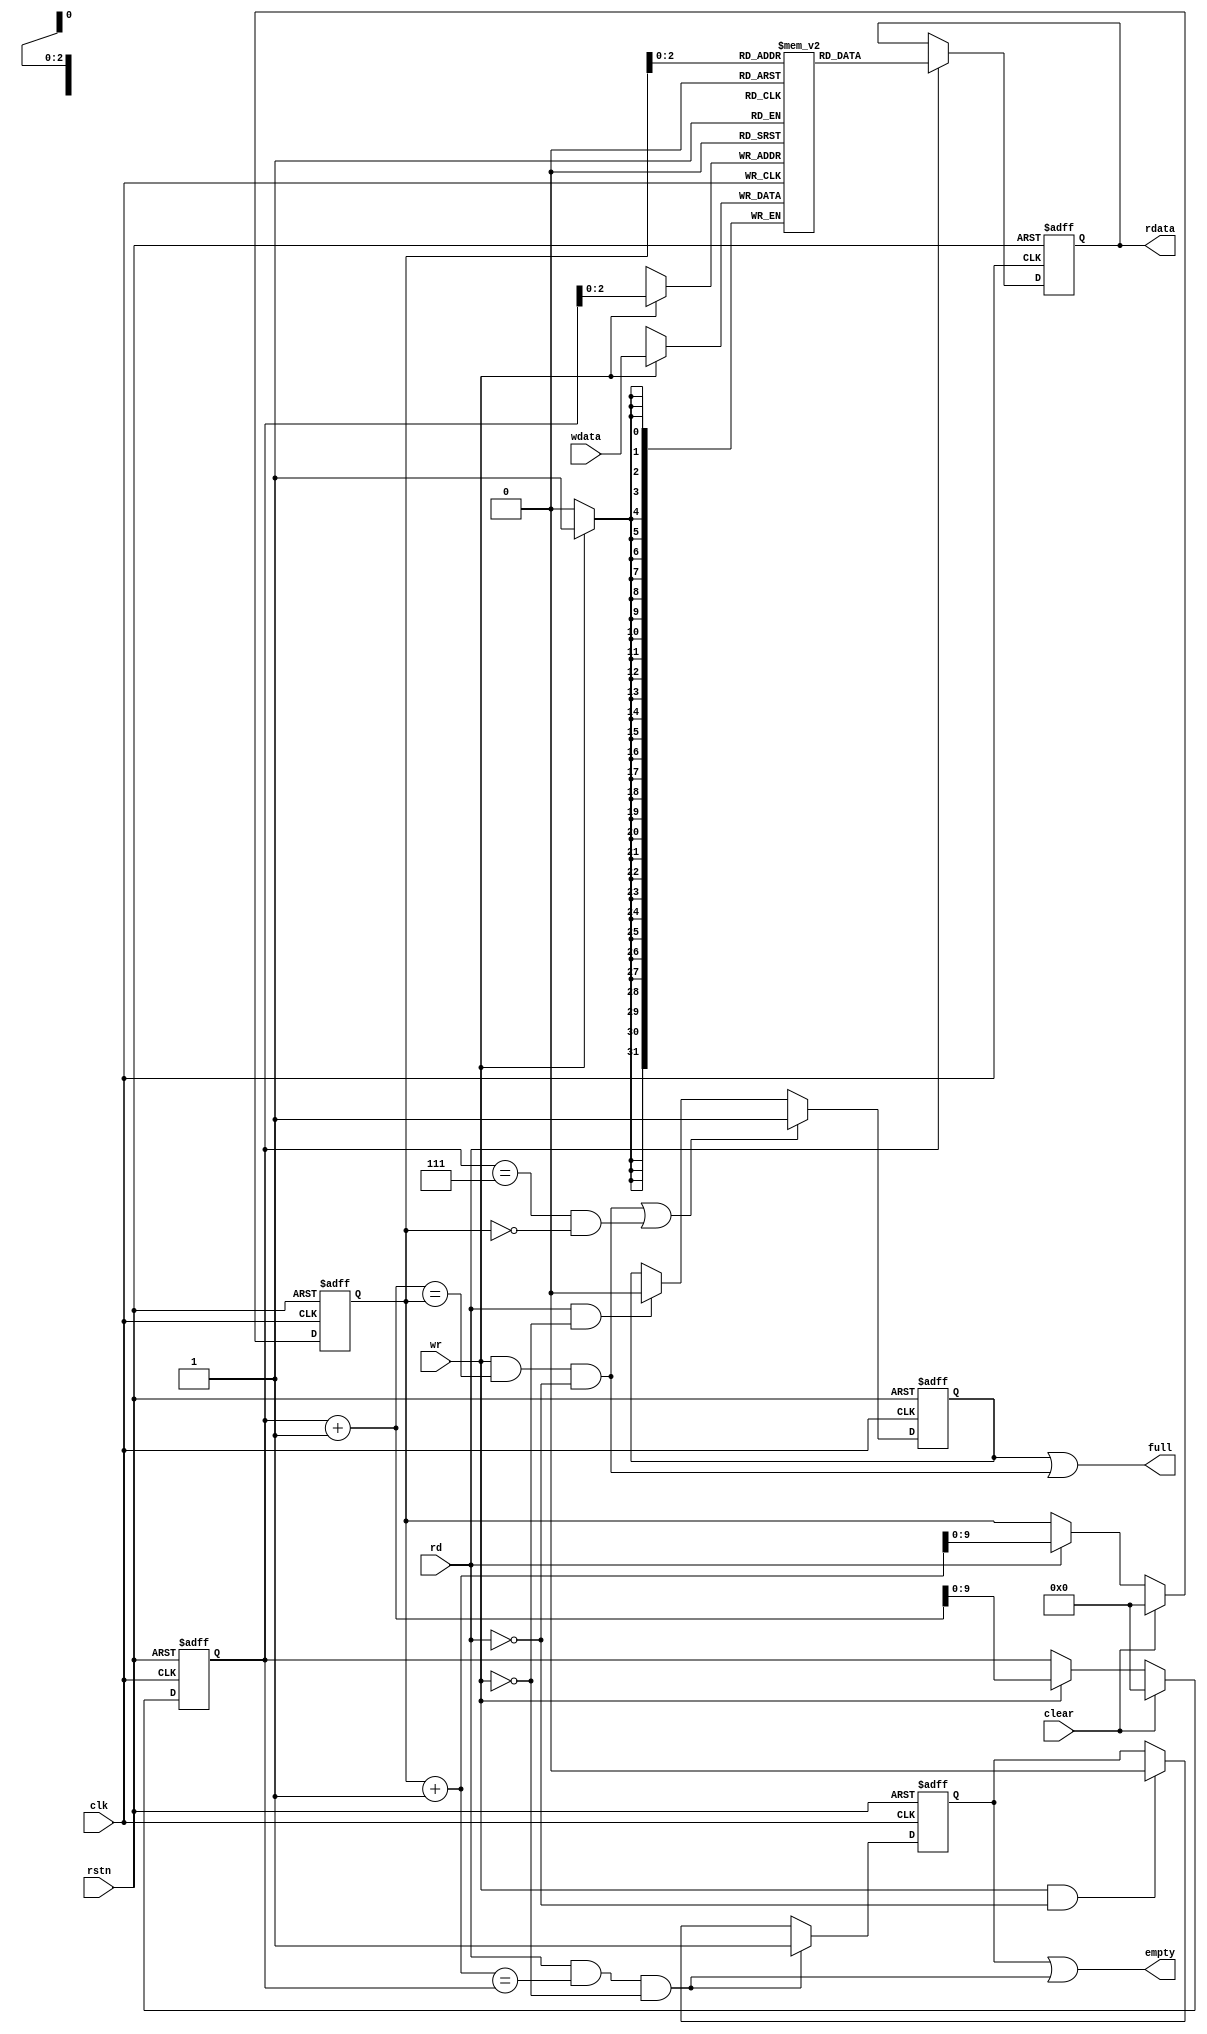
`timescale 1ns/1ps

//fifio 1K*32bits
module fifo(
    input clk,
    input rstn,
    input clear,
    input wr,
    input rd,
    input [31:0]wdata,

    output reg [31:0]rdata ,
    output full,
    output empty
);

parameter n=7;

reg [31:0]mem [0:n];

reg [9:0]wr_ptr;
reg [9:0]rd_ptr;

reg full_in;
reg empty_in;

always @(posedge clk or negedge rstn)        //
    if (!rstn)
        wr_ptr<=0;
    else if (clear)
        wr_ptr<=0;
    else if (wr)
        wr_ptr<=wr_ptr+1;
always @(posedge clk or negedge rstn)
    if (!rstn)
        rd_ptr<=0;
    else if (clear)
        rd_ptr<=0;
    else if (rd)
        rd_ptr<=rd_ptr+1;

always @(posedge clk)               //
    if (wr)
        mem[wr_ptr]<=wdata;

always @(posedge clk or negedge rstn)
    if (!rstn)
        rdata<=0;
    else if (rd)
        rdata<=mem[rd_ptr];

always @(posedge clk or negedge rstn)
    if (!rstn)
        full_in<=0;
    else if (wr && (wr_ptr+1==rd_ptr) && (~rd) || wr_ptr==n && rd_ptr==0 )          //fifo
        full_in<=1;
    else if (rd && (~wr))//if rd is valid which means one data is out and fifo is not full 
        full_in<=0;

assign full=full_in || (wr && (wr_ptr+1==rd_ptr) && (~rd));

always @(posedge clk or negedge rstn)
    if (!rstn)
        empty_in<=1;
    else if (rd && (rd_ptr+1==wr_ptr) && (~wr))
        empty_in<=1;
    else if (wr && (~rd)) 
        empty_in<=0;

assign empty=empty_in || (rd && (rd_ptr+1==wr_ptr) && (~wr));

endmodule